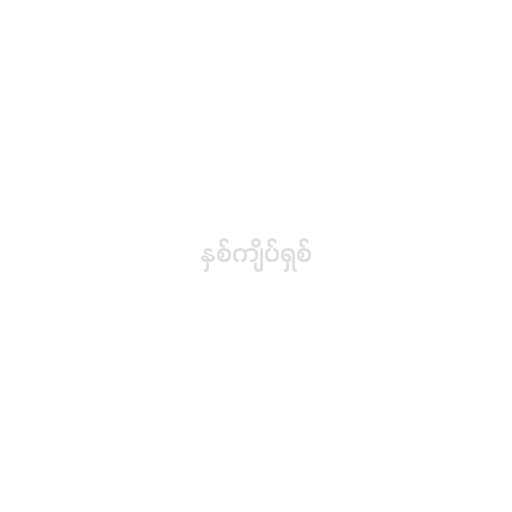
နှစ်ကျိပ်ရှစ်